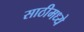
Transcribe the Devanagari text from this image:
साठीमध्ये